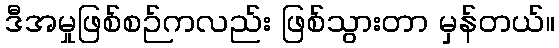
ဒီအမှုဖြစ်စဉ်ကလည်း ဖြစ်သွားတာ မှန်တယ်။